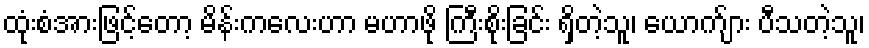
ထုံးစံအားဖြင့်တော့ မိန်းကလေးဟာ မဟာဖို ကြီးစိုးခြင်း ရှိတဲ့သူ၊ ယောက်ျား ပီသတဲ့သူ၊